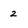
Character: 2